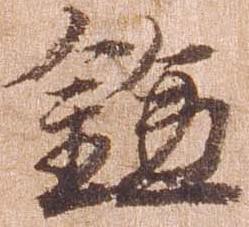
鎌